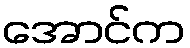
အောင်က